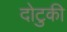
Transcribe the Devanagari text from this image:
दोटुकी